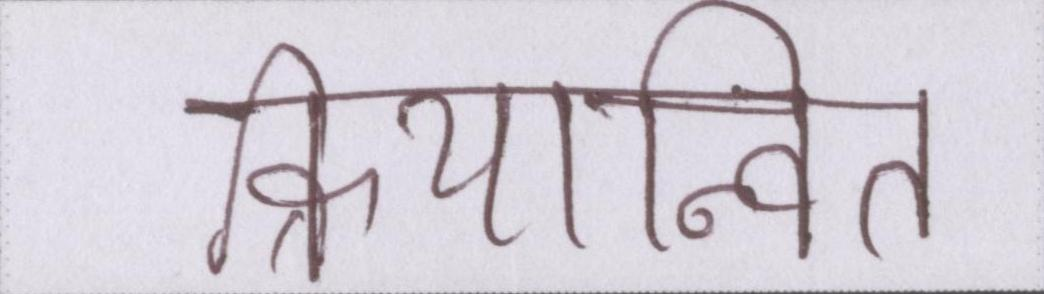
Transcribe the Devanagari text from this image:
क्रियान्वित